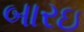
બારઇ